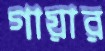
গায়ার